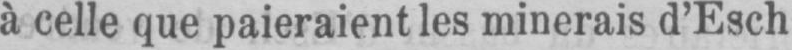
à celle que paieraient les minerais d’Esch